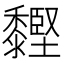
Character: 䵛